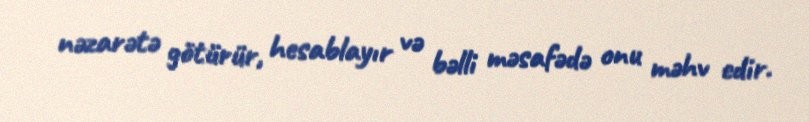
nəzarətə götürür, hesablayır və bəlli məsafədə onu məhv edir.